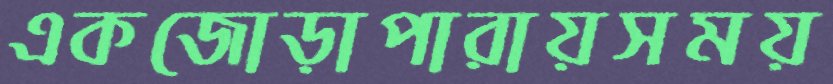
একজোড়াপারায়সময়